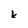
Character: k